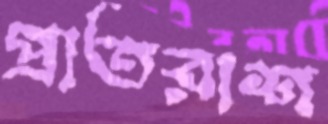
প্রাতরাশ